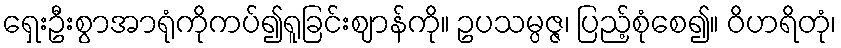
ရှေးဦးစွာအာရုံကိုကပ်၍ရူခြင်းဈာန်ကို။ ဥပသမ္ပဇ္ဇ၊ ပြည့်စုံစေ၍။ ဝိဟရိတုံ၊